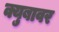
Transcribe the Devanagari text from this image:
क्युबावर